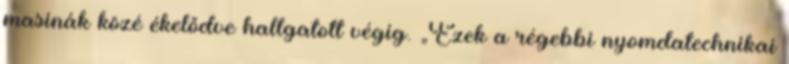
masinák közé ékelődve hallgatott végig. „Ezek a régebbi nyomdatechnikai